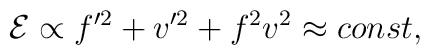
{\cal E}  \propto  f'^2 + v'^2 + f^2v^2 \approx const,